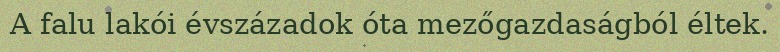
A falu lakói évszázadok óta mezőgazdaságból éltek.